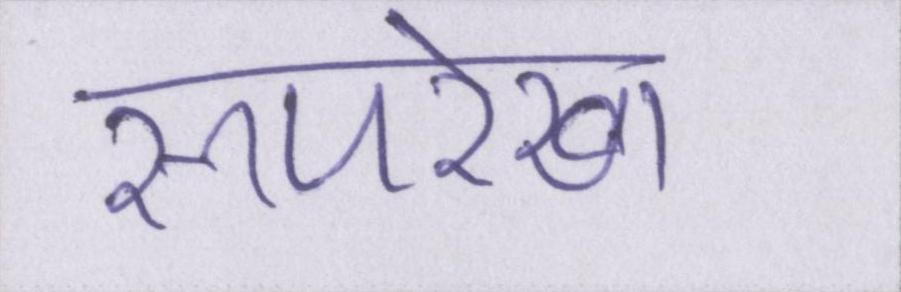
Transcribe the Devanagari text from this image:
रूपरेखा